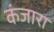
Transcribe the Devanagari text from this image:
कंजारा